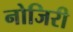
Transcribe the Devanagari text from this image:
नोजिरी